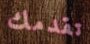
تقدمك